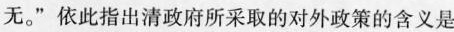
无。”依此指出清政府所采取的对外政策的含义是